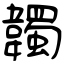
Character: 韣